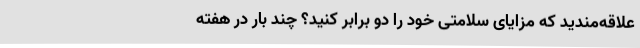
علاقه‌مندید که مزایای سلامتی خود را دو برابر کنید؟ چند بار در هفته